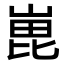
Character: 𭖵